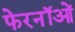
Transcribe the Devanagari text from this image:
फेरनॉओं